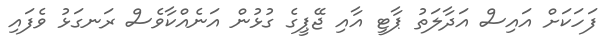
ފަހަކަށް އައިސް އަދާލަތު ޕާޓީ އާއި ޖޭޕީގެ ގުޅުން އަނެއްކާވެސް ރަނގަޅު ވެފައި